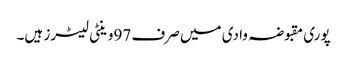
پوری مقبوضہ وادی میں صرف 97وینٹی لیٹرز ہیں۔